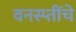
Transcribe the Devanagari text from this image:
वनस्प्तींचे